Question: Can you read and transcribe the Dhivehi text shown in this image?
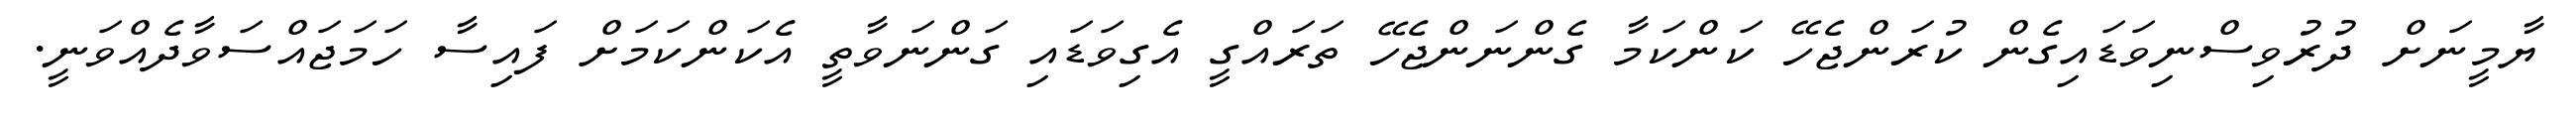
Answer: ޔާމީނަށް ދުރުވިސްނިވަޑައިގެން ކުރަންޖެހޭ ކަންކަމާ ގެންނަންޖެހޭ ތަރައްގީ އެގިވަޑައި ގަންނަވާތީ އެކަންކަމަށް ފައިސާ ހަމަޖައްސަވާދެއްވަނީ.